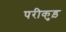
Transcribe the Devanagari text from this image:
परीकुड़